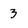
Character: 3